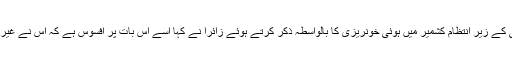
گزشتہ سال جولائی میں معروف عسکری کمانڈر برہان مظفر وانی کی ہلاکت کے بعد نئی دلی کے زیرِ انتظام کشمیر میں ہوئی خونریزی کا بالواسطہ ذکر کرتے ہوئے زائرا نے کہا اُسے اس بات پر افسوس ہے کہ اُس نے غیر ارادی طور پر لوگوں کی دِل آزاری کی ہے لیکن اسے توقع ہے کہ اُسے معاف کیا جائے گا ۔